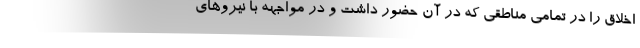
اخلاق را در تمامی مناطقی که در آن حضور داشت و در مواجهه با نیروهای